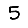
Digit: 5